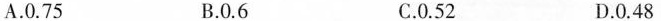
A.0.75 B.0.6 C.0.52 D.0.48